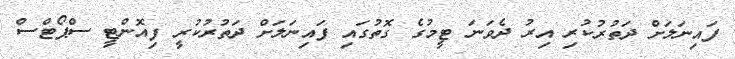
ފައިނަލަށް ދަތުރުކުރި އިރު ދެވަނަ ޓީމުގެ ގޮތުގައި ފައިނަލަށް ދަތުރުކުރީ ފިއޮންޓީ ސްޕޯޓްސް